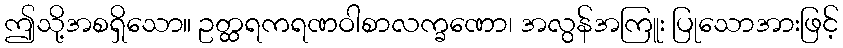
ဤသို့အစရှိသော။ ဥတ္ထရကရဏဝါစာလက္ခဏော၊ အလွန်အကြူး ပြုသောအားဖြင့်